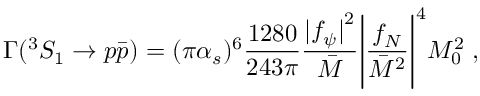
\Gamma ( ^ { 3 } S _ { 1 } \to p \bar { p } ) = ( \pi \alpha _ { s } ) ^ { 6 } { \frac { 1 2 8 0 } { 2 4 3 \pi } } { \frac { { \vert f _ { \psi } \vert } ^ { 2 } } { \bar { M } } } { \Bigg \vert { \frac { f _ { N } } { { \bar { M } } ^ { 2 } } } \Bigg \vert } ^ { 4 } { M _ { 0 } ^ { 2 } } \; ,